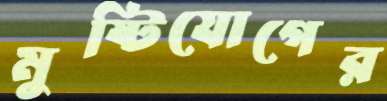
মুষ্টিযোগের